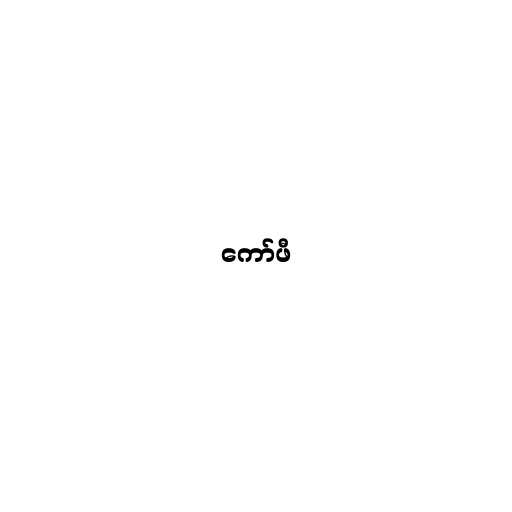
ကော်ဖီ